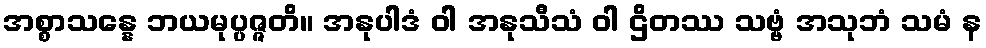
အစ္စာသန္နေ ဘယမုပ္ပဇ္ဇတိ။ အနုပါဒံ ဝါ အနုသီသံ ဝါ ဌိတဿ သဗ္ဗံ အသုဘံ သမံ န